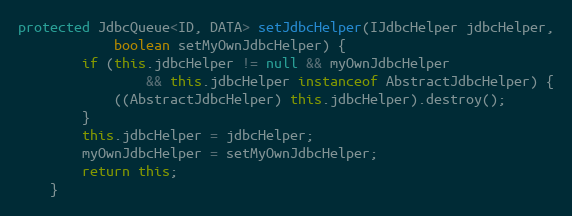
Language: Java
protected JdbcQueue<ID, DATA> setJdbcHelper(IJdbcHelper jdbcHelper,
            boolean setMyOwnJdbcHelper) {
        if (this.jdbcHelper != null && myOwnJdbcHelper
                && this.jdbcHelper instanceof AbstractJdbcHelper) {
            ((AbstractJdbcHelper) this.jdbcHelper).destroy();
        }
        this.jdbcHelper = jdbcHelper;
        myOwnJdbcHelper = setMyOwnJdbcHelper;
        return this;
    }